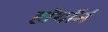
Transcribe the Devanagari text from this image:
हॉथॉर्न